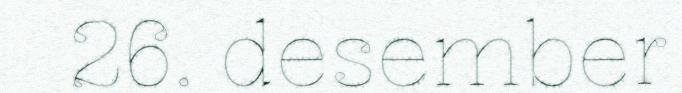
26. desember